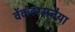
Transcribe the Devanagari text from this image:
वेंकटरमनैया